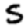
Digit: 5